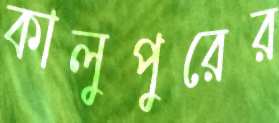
কালুপুরের